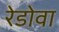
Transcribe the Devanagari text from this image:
रेडोवा